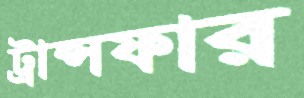
ট্রান্সফার